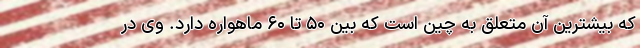
که بیشترین آن متعلق به چین است که بین ۵۰ تا ۶۰ ماهواره دارد. وی در